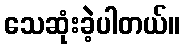
သေဆုံးခဲ့ပါတယ်။